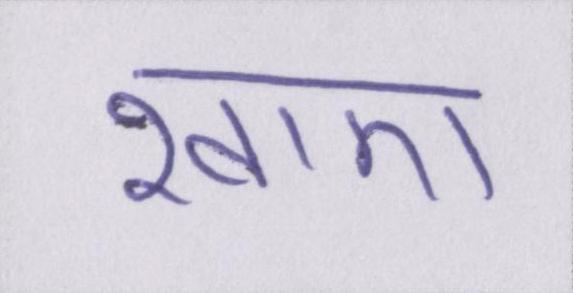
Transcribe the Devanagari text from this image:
खाए